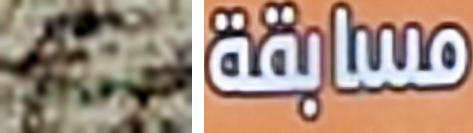
سييرا مسابقة